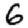
Digit: 6